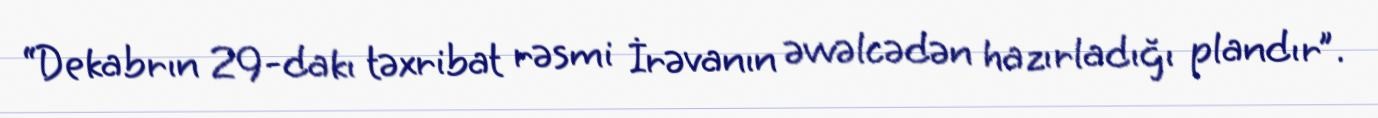
“Dekabrın 29-dakı təxribat rəsmi İrəvanın əvvəlcədən hazırladığı plandır”.